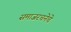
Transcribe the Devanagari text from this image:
समाजरचनेचे